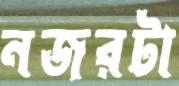
নজরটা